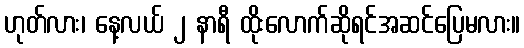
ဟုတ်လား၊ နေ့လယ် ၂ နာရီ ထိုးလောက်ဆိုရင်အဆင်ပြေမလား။